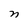
Character: n